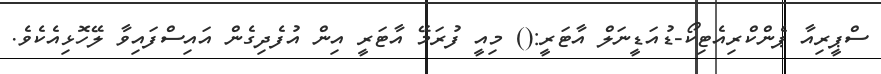
ސްޕީރިއާ ޕެންކްރިއެޓިކޯ-ޑުއަޑީނަލް އާޓަރީ:() މިއީ ފުރަމޭ އާޓަރީ އިން އުފެދިގެން އައިސްފައިވާ ލޭހޮޅިއެކެވެ.